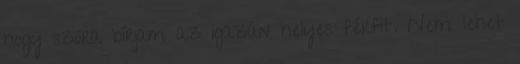
hogy szóra bírjam az igazán helyes férfit. Nem lehet